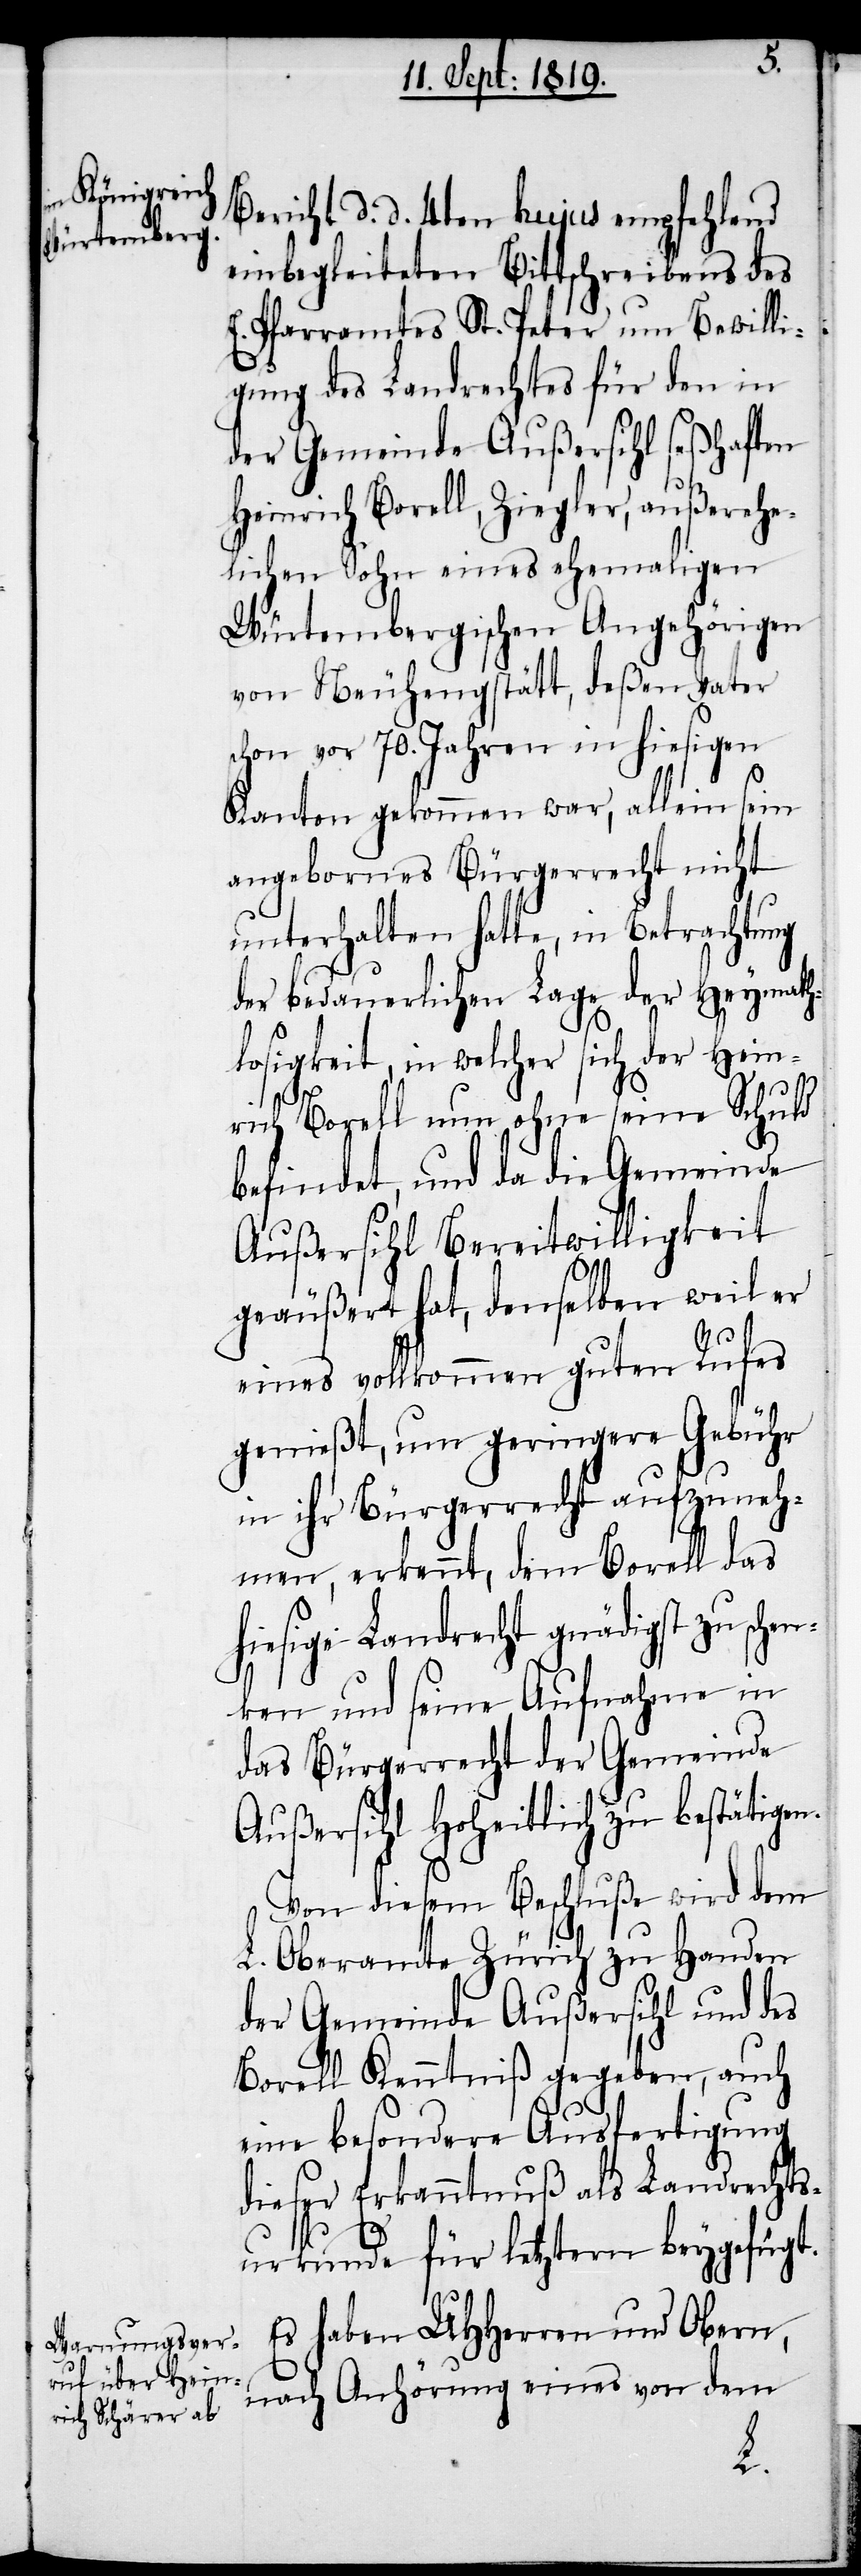
Bericht d. d. 4ten hujus empfehlend
einbegleiteten Bittschreibens des
E. Pfarramtes St. Peter um Bewilli¬
gung des Landrechtes für den in
der Gemeinde Außersihl seßhaften
Heinrich Borell, Ziegler, außerehe¬
lichen Sohn eines ehemaligen
Würtembergischen Angehörigen
von Neuhengstätt, deßen Vater
schon vor 70. Jahren in hiesigen
Kanton gekommen war, allein sein
angebornes Bürgerrecht nicht
unterhalten hatte, in Betrachtung
der bedauerlichen Lage der Heymath¬
losigkeit, in welcher sich der Hein¬
rich Borell nun ohne seine Schuld
befindet, und da die Gemeinde
Außersihl Bereitwilligkeit
geäußert hat, denselben weil er
eines vollkommen guten Rufes
genießt, um geringere Gebühr
in ihr Bürgerrecht aufzuneh¬
men, erkennt, dem Borell das
hiesige Landrecht gnädigst zu schen¬
ken und seine Aufnahme in
das Bürgerrecht der Gemeinde
Außersihl Hoheitlich zu bestätigen.
Von diesem Beschluße wird dem
L. Oberamte Zürich zu Handen
der Gemeinde Außersihl und des
Borell Kenntniß gegeben, auch
eine besondere Ausfertigung
dieser Erkanntnuß als Landrechts¬
urkunde für letztern beygefügt.
Es haben UHHerren und Obern,
nach Anhörung eines von dem